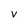
Character: V